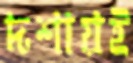
দশায়ই